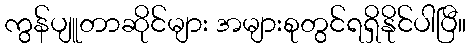
ကွန်ပျူတာဆိုင်များ အများစုတွင်ရရှိနိုင်ပါပြီ။